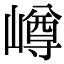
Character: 嶟